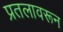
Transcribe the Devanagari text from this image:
प्रतलावरून